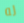
له